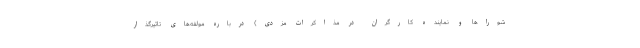
شوراها و نماینده کارگران در مذاکرات مزدی) درباره مولفه‌های تاثیرگذار